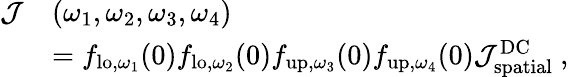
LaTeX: \begin{array}{rl}{\mathcal{J}}&{(\omega_{1},\omega_{2},\omega_{3},\omega_{4})}\\ &{={f}_{\mathrm{lo},\omega_{1}}(0){f}_{\mathrm{lo},\omega_{2}}(0){f}_{\mathrm{up},\omega_{3}}(0){f}_{\mathrm{up},\omega_{4}}(0)\mathcal{J}_{\mathrm{spatial}}^{\mathrm{DC}}\ ,}\end{array}